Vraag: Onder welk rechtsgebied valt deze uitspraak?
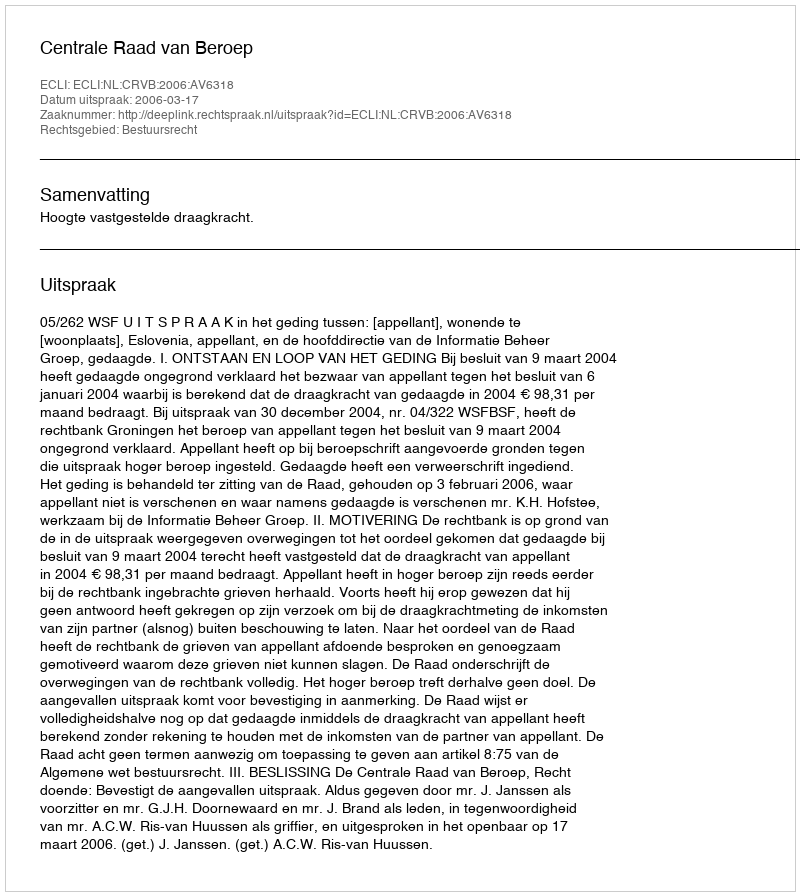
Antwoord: Bestuursrecht